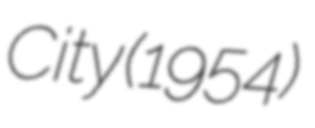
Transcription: City (1954)